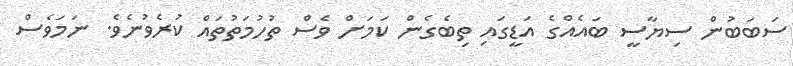
ސަބަބުން ސިޔާސީ ބައެއްގެ އަޑީގައި ތިބެގެން ކަމަށް ވެސް ތުހުމަތުތައް ކުރެވުނެވެ. ނަމަވެސް